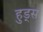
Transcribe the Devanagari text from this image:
हुड्स